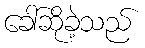
ခေါ်ဆိုခဲ့သည်